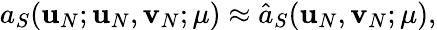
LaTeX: a_{S}(\textbf{u}_{N};\textbf{u}_{N},\textbf{v}_{N};\mu)\approx\hat{a}_{S}(\textbf{u}_{N},\textbf{v}_{N};\mu),